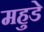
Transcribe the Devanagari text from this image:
महुडे